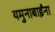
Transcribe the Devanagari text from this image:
यमुनाबाईंना